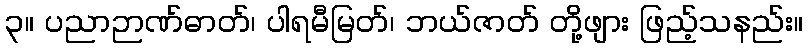
၃။ ပညာဉာဏ်ဓာတ်၊ ပါရမီမြတ်၊ ဘယ်ဇာတ် တို့ဖျား ဖြည့်သနည်း။